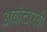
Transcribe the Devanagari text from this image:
अबौटोरबी